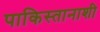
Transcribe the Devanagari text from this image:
पाकिस्तानाशी